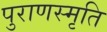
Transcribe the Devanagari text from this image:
पुराणस्मृति